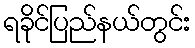
ရခိုင်ပြည်နယ်တွင်း